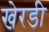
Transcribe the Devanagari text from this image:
खेरडी